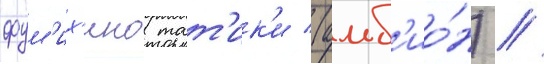
фум'их'ико тат'ик'и (альб'ио́н) //